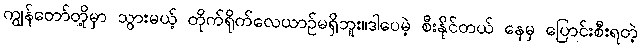
ကျွန်တော်တို့မှာ သွားမယ့် တိုက်ရိုက်လေယာဉ်မရှိဘူး။ဒါပေမဲ့ စီးနိုင်တယ် နေမှ ပြောင်းစီးရတဲ့